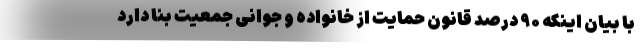
با بیان اینکه ۹۰ درصد قانون حمایت از خانواده و جوانی جمعیت بنا دارد